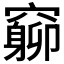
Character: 𥨚